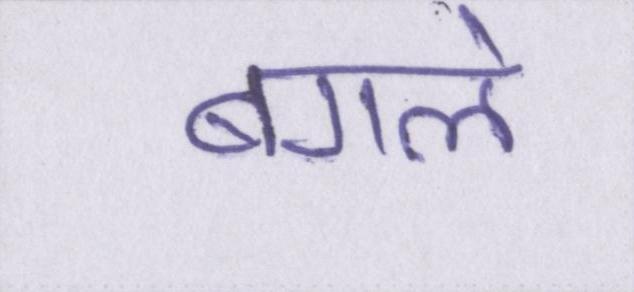
बगले